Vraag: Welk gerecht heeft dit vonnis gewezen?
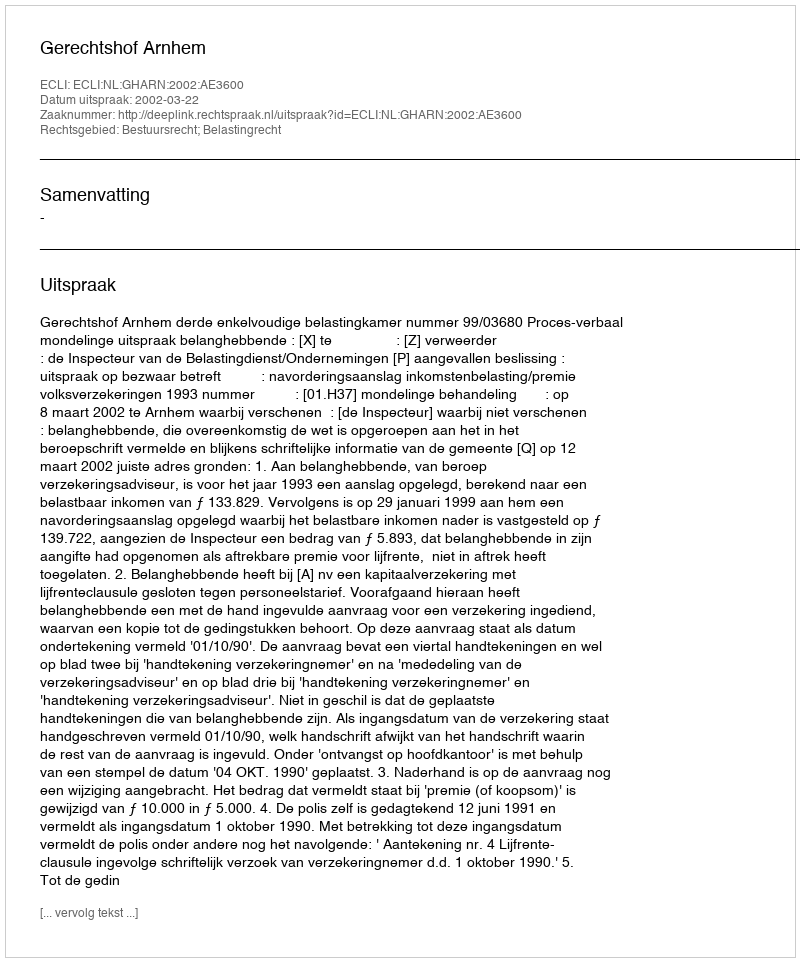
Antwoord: Gerechtshof Arnhem